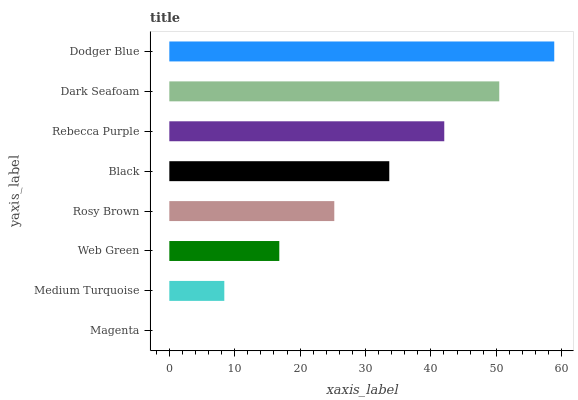
| yaxis_label | bars |
 | --- | --- |
 | Magenta | 0 |
 | Medium Turquoise | 8.41 |
 | Web Green | 16.8 |
 | Rosy Brown | 25.2 |
 | Black | 33.6 |
 | Rebecca Purple | 42 |
 | Dark Seafoam | 50.5 |
 | Dodger Blue | 58.9 |